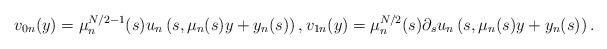
LaTeX: \begin{align*}v_{0n}(y)=\mu_n^{N/2-1}(s)u_n\left(s,\mu_n(s)y+y_n(s)\right),v_{1n}(y)=\mu_n^{N/2}(s)\partial_su_n\left(s,\mu_n(s)y+y_n(s)\right).\end{align*}